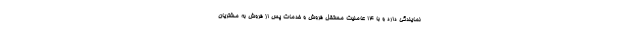
نمایندگی دارد و با ۱۴ عاملیت مستقل فروش و خدمات پس از فروش به مشتریان